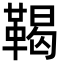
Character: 鞨